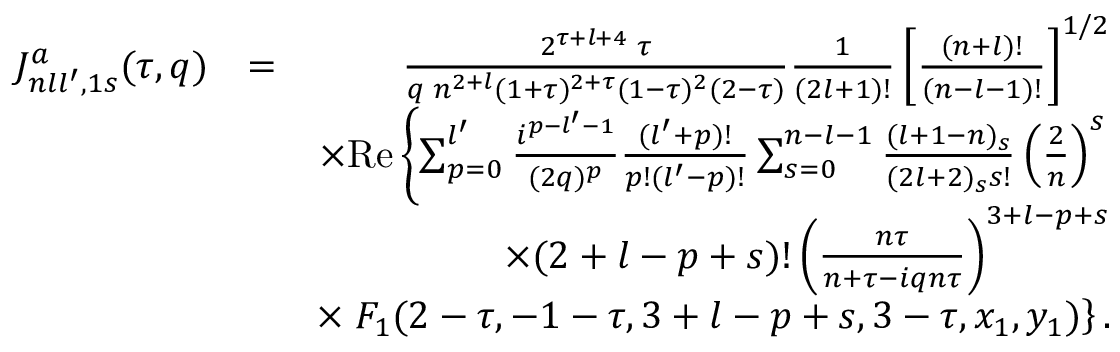
\begin{array} { r l r } { { \cal J } _ { n l l ^ { \prime } , 1 s } ^ { a } ( \tau , q ) } & { = } & { \frac { 2 ^ { \tau + l + 4 } \; \tau } { q \; n ^ { 2 + l } ( 1 + \tau ) ^ { 2 + \tau } ( 1 - \tau ) ^ { 2 } ( 2 - \tau ) } \frac { 1 } { ( 2 l + 1 ) ! } \left[ \frac { ( n + l ) ! } { ( n - l - 1 ) ! } \right] ^ { 1 / 2 } } \\ & { } & { \times \mathrm { R e } \left\{ \sum _ { p = 0 } ^ { l ^ { \prime } } \frac { i ^ { p - l ^ { \prime } - 1 } } { ( 2 q ) ^ { p } } \frac { ( l ^ { \prime } + p ) ! } { p ! ( l ^ { \prime } - p ) ! } \sum _ { s = 0 } ^ { n - l - 1 } \frac { ( l + 1 - n ) _ { s } } { ( 2 l + 2 ) _ { s } s ! } \left( \frac { 2 } { n } \right) ^ { s } \right. } \\ & { } & { \times ( 2 + l - p + s ) ! \left( \frac { n \tau } { n + \tau - i q n \tau } \right) ^ { 3 + l - p + s } } \\ & { } & { \times \left. F _ { 1 } ( 2 - \tau , - 1 - \tau , 3 + l - p + s , 3 - \tau , x _ { 1 } , y _ { 1 } ) \right\} . } \end{array}